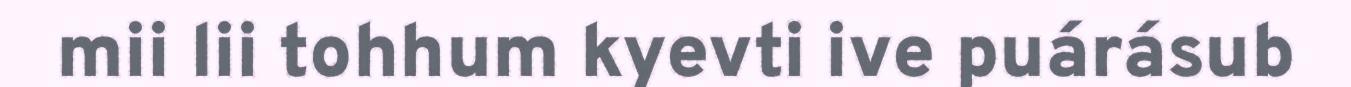
mii lii tohhum kyevti ive puárásub